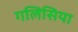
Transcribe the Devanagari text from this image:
गलिसिया